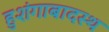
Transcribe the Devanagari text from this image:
हुशंगाबादस्थ